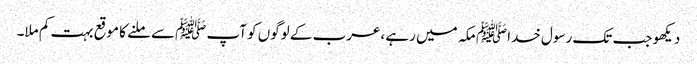
دیکھو جب تک رسول خداﷺ مکہ میں رہے ،عرب کے لوگوں کو آپ ﷺسے ملنے کا موقع بہت کم ملا۔